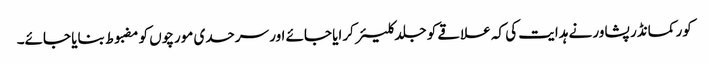
کور کمانڈر پشاور نے ہدایت کی کہ علاقے کو جلد کلیئر کرایا جائے اور سرحدی مورچوں کو مضبوط بنایا جائے۔